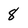
Character: 8